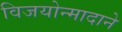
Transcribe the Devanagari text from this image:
विजयोन्मादाने